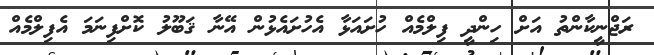
ރަޖްނީކާންތު އަށް ހިންދީ ފިލްމެއް ހުށައަޅާ އެހުށައެޅުން އޭނާ ޤަބޫލު ކޮށްފިނަމަ އެފިލްމެއް